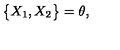
\big \{ X _ { 1 } , X _ { 2 } \big \} = \theta ,